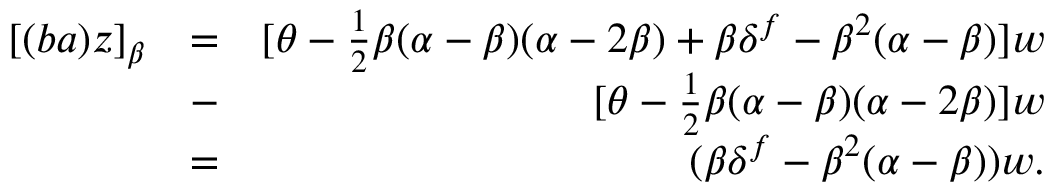
\begin{array} { r l r } { [ ( b a ) z ] _ { \beta } } & { = } & { [ \theta - \frac { 1 } { 2 } \beta ( \alpha - \beta ) ( \alpha - 2 \beta ) + \beta \delta ^ { f } - \beta ^ { 2 } ( \alpha - \beta ) ] w } \\ & { - } & { [ \theta - \frac { 1 } { 2 } \beta ( \alpha - \beta ) ( \alpha - 2 \beta ) ] w } \\ & { = } & { ( \beta \delta ^ { f } - \beta ^ { 2 } ( \alpha - \beta ) ) w . } \end{array}